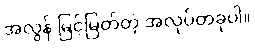
အလွန် မြင့်မြတ်တဲ့ အလုပ်တခုပါ။